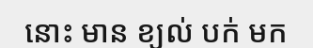
នោះ មាន ខ្យល់ បក់ មក